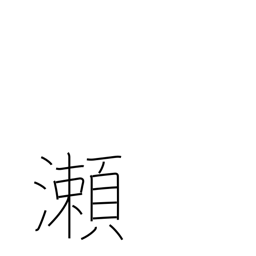
Meaning: shallows